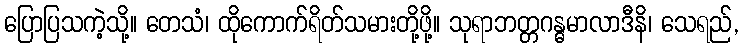
ပြောပြသကဲ့သို့။ တေသံ၊ ထိုကောက်ရိတ်သမားတို့ဖို့။ သုရာဘတ္တဂန္ဓမာလာဒီနိ၊ သေရည်,